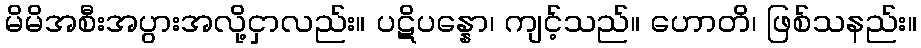
မိမိအစီးအပွားအလို့ငှာလည်း။ ပဋိပန္နော၊ ကျင့်သည်။ ဟောတိ၊ ဖြစ်သနည်း။